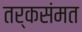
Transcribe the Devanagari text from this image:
तर्कसंमत